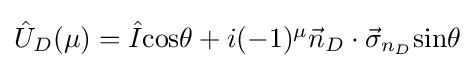
{\textstyle {\hat {U}}_{D}(\mu )={\hat {I}}{\text{cos}}\theta +i(-1)^{\mu }{\vec {n}}_{D}\cdot {\vec {\sigma }}_{n_{D}}{\text{sin}}\theta }